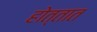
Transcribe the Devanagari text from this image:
होत्तात